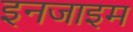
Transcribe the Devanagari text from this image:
इनजाइम